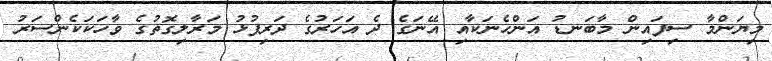
މިޔަންމާ ސިފައިން މާބަނޑު އަންހެނަކާއި އޭނަގެ ދެ އަހަރުގެ ދަރިފުޅު މަރާލިގޮތުގެ ވާހަކަކެންސަރު